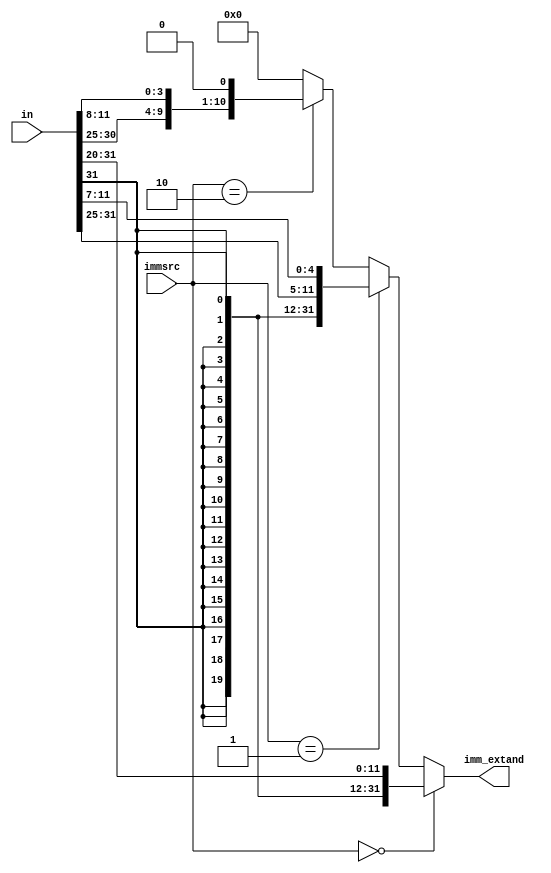

module sign_extander(
	input  [31:0] in,
	input  [2:0]  immsrc,
	output [31:0] imm_extand
);

assign imm_extand = (immsrc == 3'b000) ? {{20{in[31]}},in[31:20]} :
					(immsrc == 3'b001) ? {{20{in[31]}},in[31:25],in[11:7]} :
					(immsrc == 3'b010) ? {{20{in[31]}},in[7],in[30:25],in[11:8],1'b0}: 32'h0000_0000;

endmodule